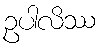
ဥပါလိဿ